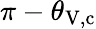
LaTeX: \pi-\theta_{\mathrm{V,c}}